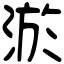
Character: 淤